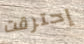
إحترقت